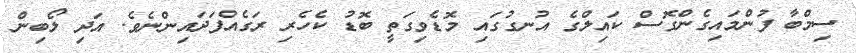
ސިމްބާ ފުންމައިގެންގޮސް ކައިލްގެ އުނގުގައި މޮޑެވިގަތީ ބޮޑު ކެހެރި ރަގެއްފަދައިންނެވެ. އަދި ލޯބިން